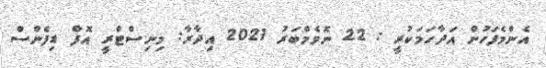
އެންމެފަހުން އަދާހަމަކުރީ : 22 ނޮވެމްބަރު 2021 އިދާރާ: މިނިސްޓްރީ އޮފް ޑިފެންސް